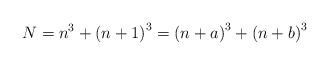
LaTeX: \begin{align*}N=n^{3}+\left(n+1\right)^{3}=\left(n+a\right)^{3}+\left(n+b\right)^{3}\end{align*}